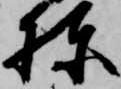
棟